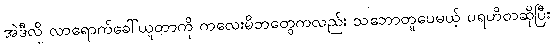
အဲဒီလို လာရောက်ခေါ်ယူတာကို ကလေးမိဘတွေကလည်း သဘောတူပေမယ့် ပရဟိတဆိုပြီး